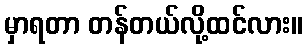
မှာရတာ တန်တယ်လို့ထင်လား။